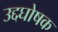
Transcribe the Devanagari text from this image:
उद्दघोषक